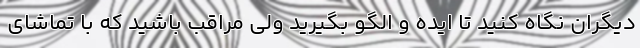
دیگران نگاه کنید تا ایده و الگو بگیرید ولی مراقب باشید که با تماشای